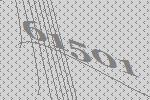
61501